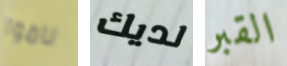
ناموا لديك القبر